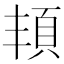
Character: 𩑚